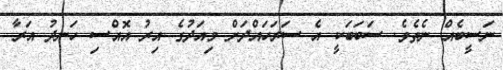
ނަސީބެއް ނެތެވެ. ސަބަބަކީ އެ ސަރަހައްދަށް މިއަދުގެ އިރު އޮއްސި ހަނދު އަރާ